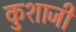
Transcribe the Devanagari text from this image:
कुशाजी